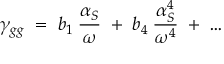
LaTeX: \gamma _ { g g } \; = \; b _ { 1 } \: \frac { \alpha _ { S } } { \omega } \; + \; b _ { 4 } \: \frac { \alpha _ { S } ^ { 4 } } { \omega ^ { 4 } } \; + \; \ldots